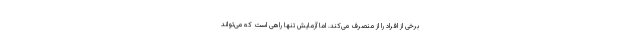
برخی از افراد را از منصرف می‌کند. اما آزمایش تنها راهی است که می‌تواند